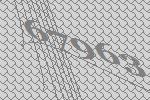
67963